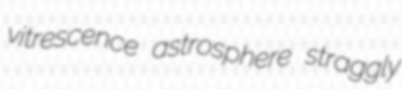
vitrescence astrosphere straggly